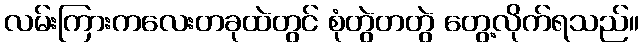
လမ်းကြားကလေးတခုထဲတွင် စုံတွဲတတွဲ တွေ့လိုက်ရသည်။